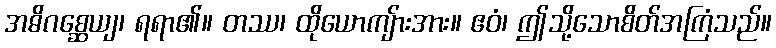
အဓိဂစ္ဆေယျ၊ ရရာ၏။ တဿ၊ ထိုယောကျ်ားအား။ ဧဝံ၊ ဤသို့သောစိတ်အကြံသည်။